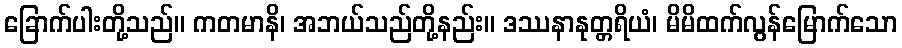
ခြောက်ပါးတို့သည်။ ကတမာနိ၊ အဘယ်သည်တို့နည်း။ ဒဿနာနုတ္တရိယံ၊ မိမိထက်လွန်မြောက်သော